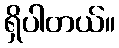
ရှိပါတယ်။